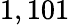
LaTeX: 1,101